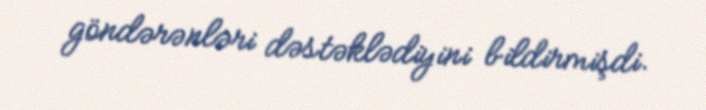
göndərənləri dəstəklədiyini bildirmişdi.